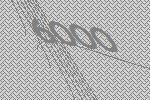
6000